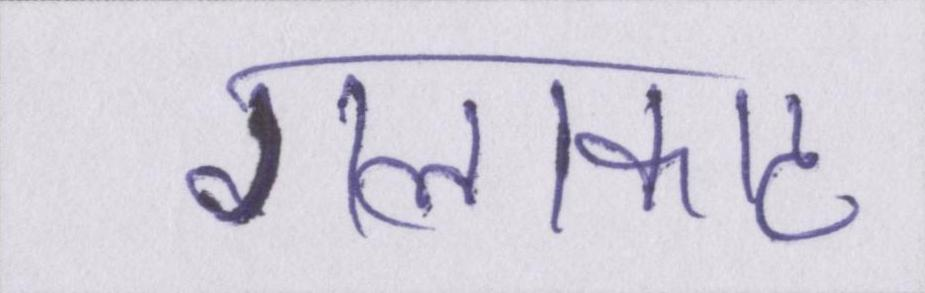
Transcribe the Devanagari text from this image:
गलाकाट